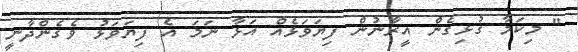
" މިކަމާ ގުޅިގެން އީރާނުން ފިޔަވަޅެއް އަޅާ ނަމަ އެ ފިޔަވަޅު ވެގެންދާނީ